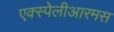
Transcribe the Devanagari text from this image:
एक्स्पेलीआरमस